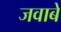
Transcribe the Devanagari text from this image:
जवाबे